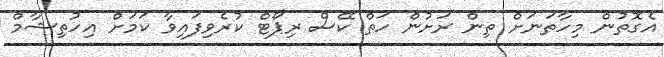
އެގޮތުން މިހާތަނަށް ތިން ރަށުން ހަތް ކޭސް ރިޕޯޓް ކުރެވިފައިވާ ކަމަށް އިހުތިޝާމް